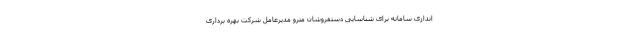
اندازی سامانه‌ برای شناسایی دستفروشان مترو مدیرعامل شرکت بهره برداری